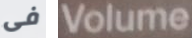
فى Volume